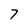
Character: 7